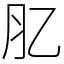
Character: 肊